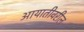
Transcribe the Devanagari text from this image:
आयातीवरील